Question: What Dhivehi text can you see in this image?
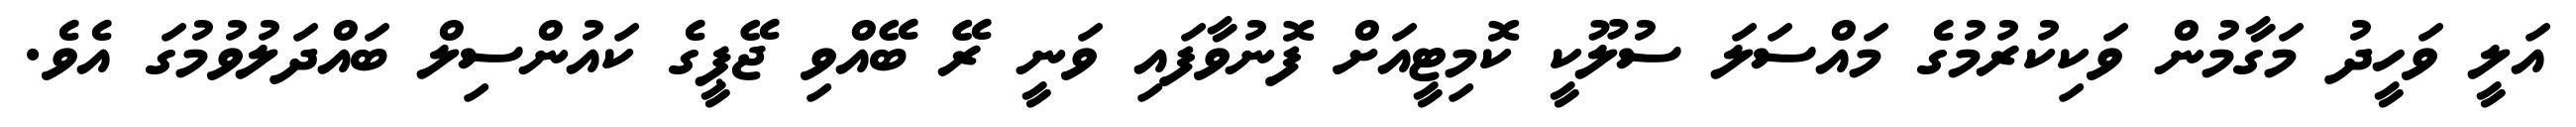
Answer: އަލީ ވަހީދު މަގާމުން ވަކިކުރުމުގެ މައްސަލަ ސުލޫކީ ކޮމިޓީއަށް ފޮނުވާފައި ވަނީ ރޭ ބޭއްވި ޖޭޕީގެ ކައުންސިލް ބައްދަލުވުމުގަ އެވެ.